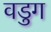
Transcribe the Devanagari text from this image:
वडुग